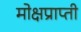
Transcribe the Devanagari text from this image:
मोक्षप्राप्‍ती